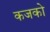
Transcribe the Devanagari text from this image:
कजको